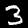
Digit: 3